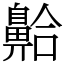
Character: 䶎